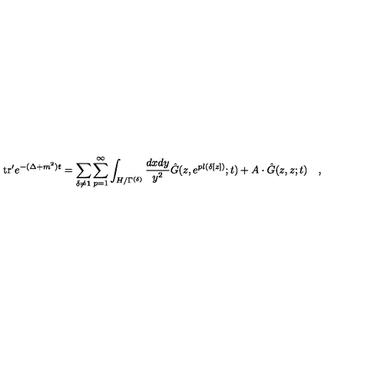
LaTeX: \mathrm { t r } ^ { \prime } e ^ { - ( \Delta + m ^ { 2 } ) t } = \sum _ { \delta \neq { \bf 1 } } \sum _ { p = 1 } ^ { \infty } \int _ { H / \Gamma ^ { ( \delta ) } } { \frac { d x d y } { y ^ { 2 } } } { \hat { G } } ( z , e ^ { p l ( \delta [ z ] ) } ; t ) + A \cdot { \hat { G } } ( z , z ; t ) \quad ,